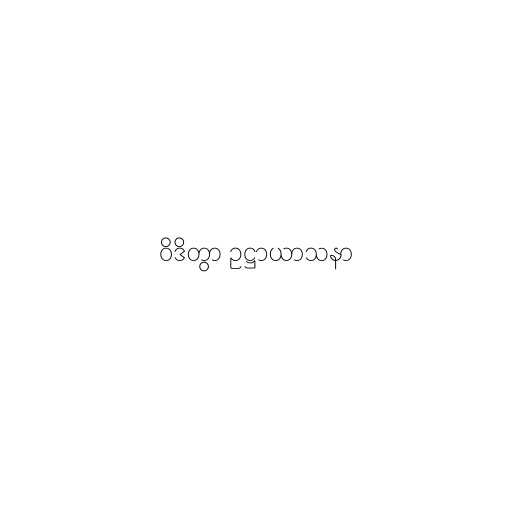
ဝိဒိတွာ ဥဋ္ဌာယာသနာ